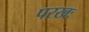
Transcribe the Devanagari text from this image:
परखः